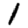
Digit: 1